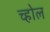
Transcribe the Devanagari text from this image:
च्होल